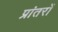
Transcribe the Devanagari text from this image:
प्रांतरों